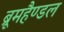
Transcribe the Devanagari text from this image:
ब्रूमहैण्डल